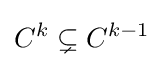
C^{k}\subsetneq C^{k-1}